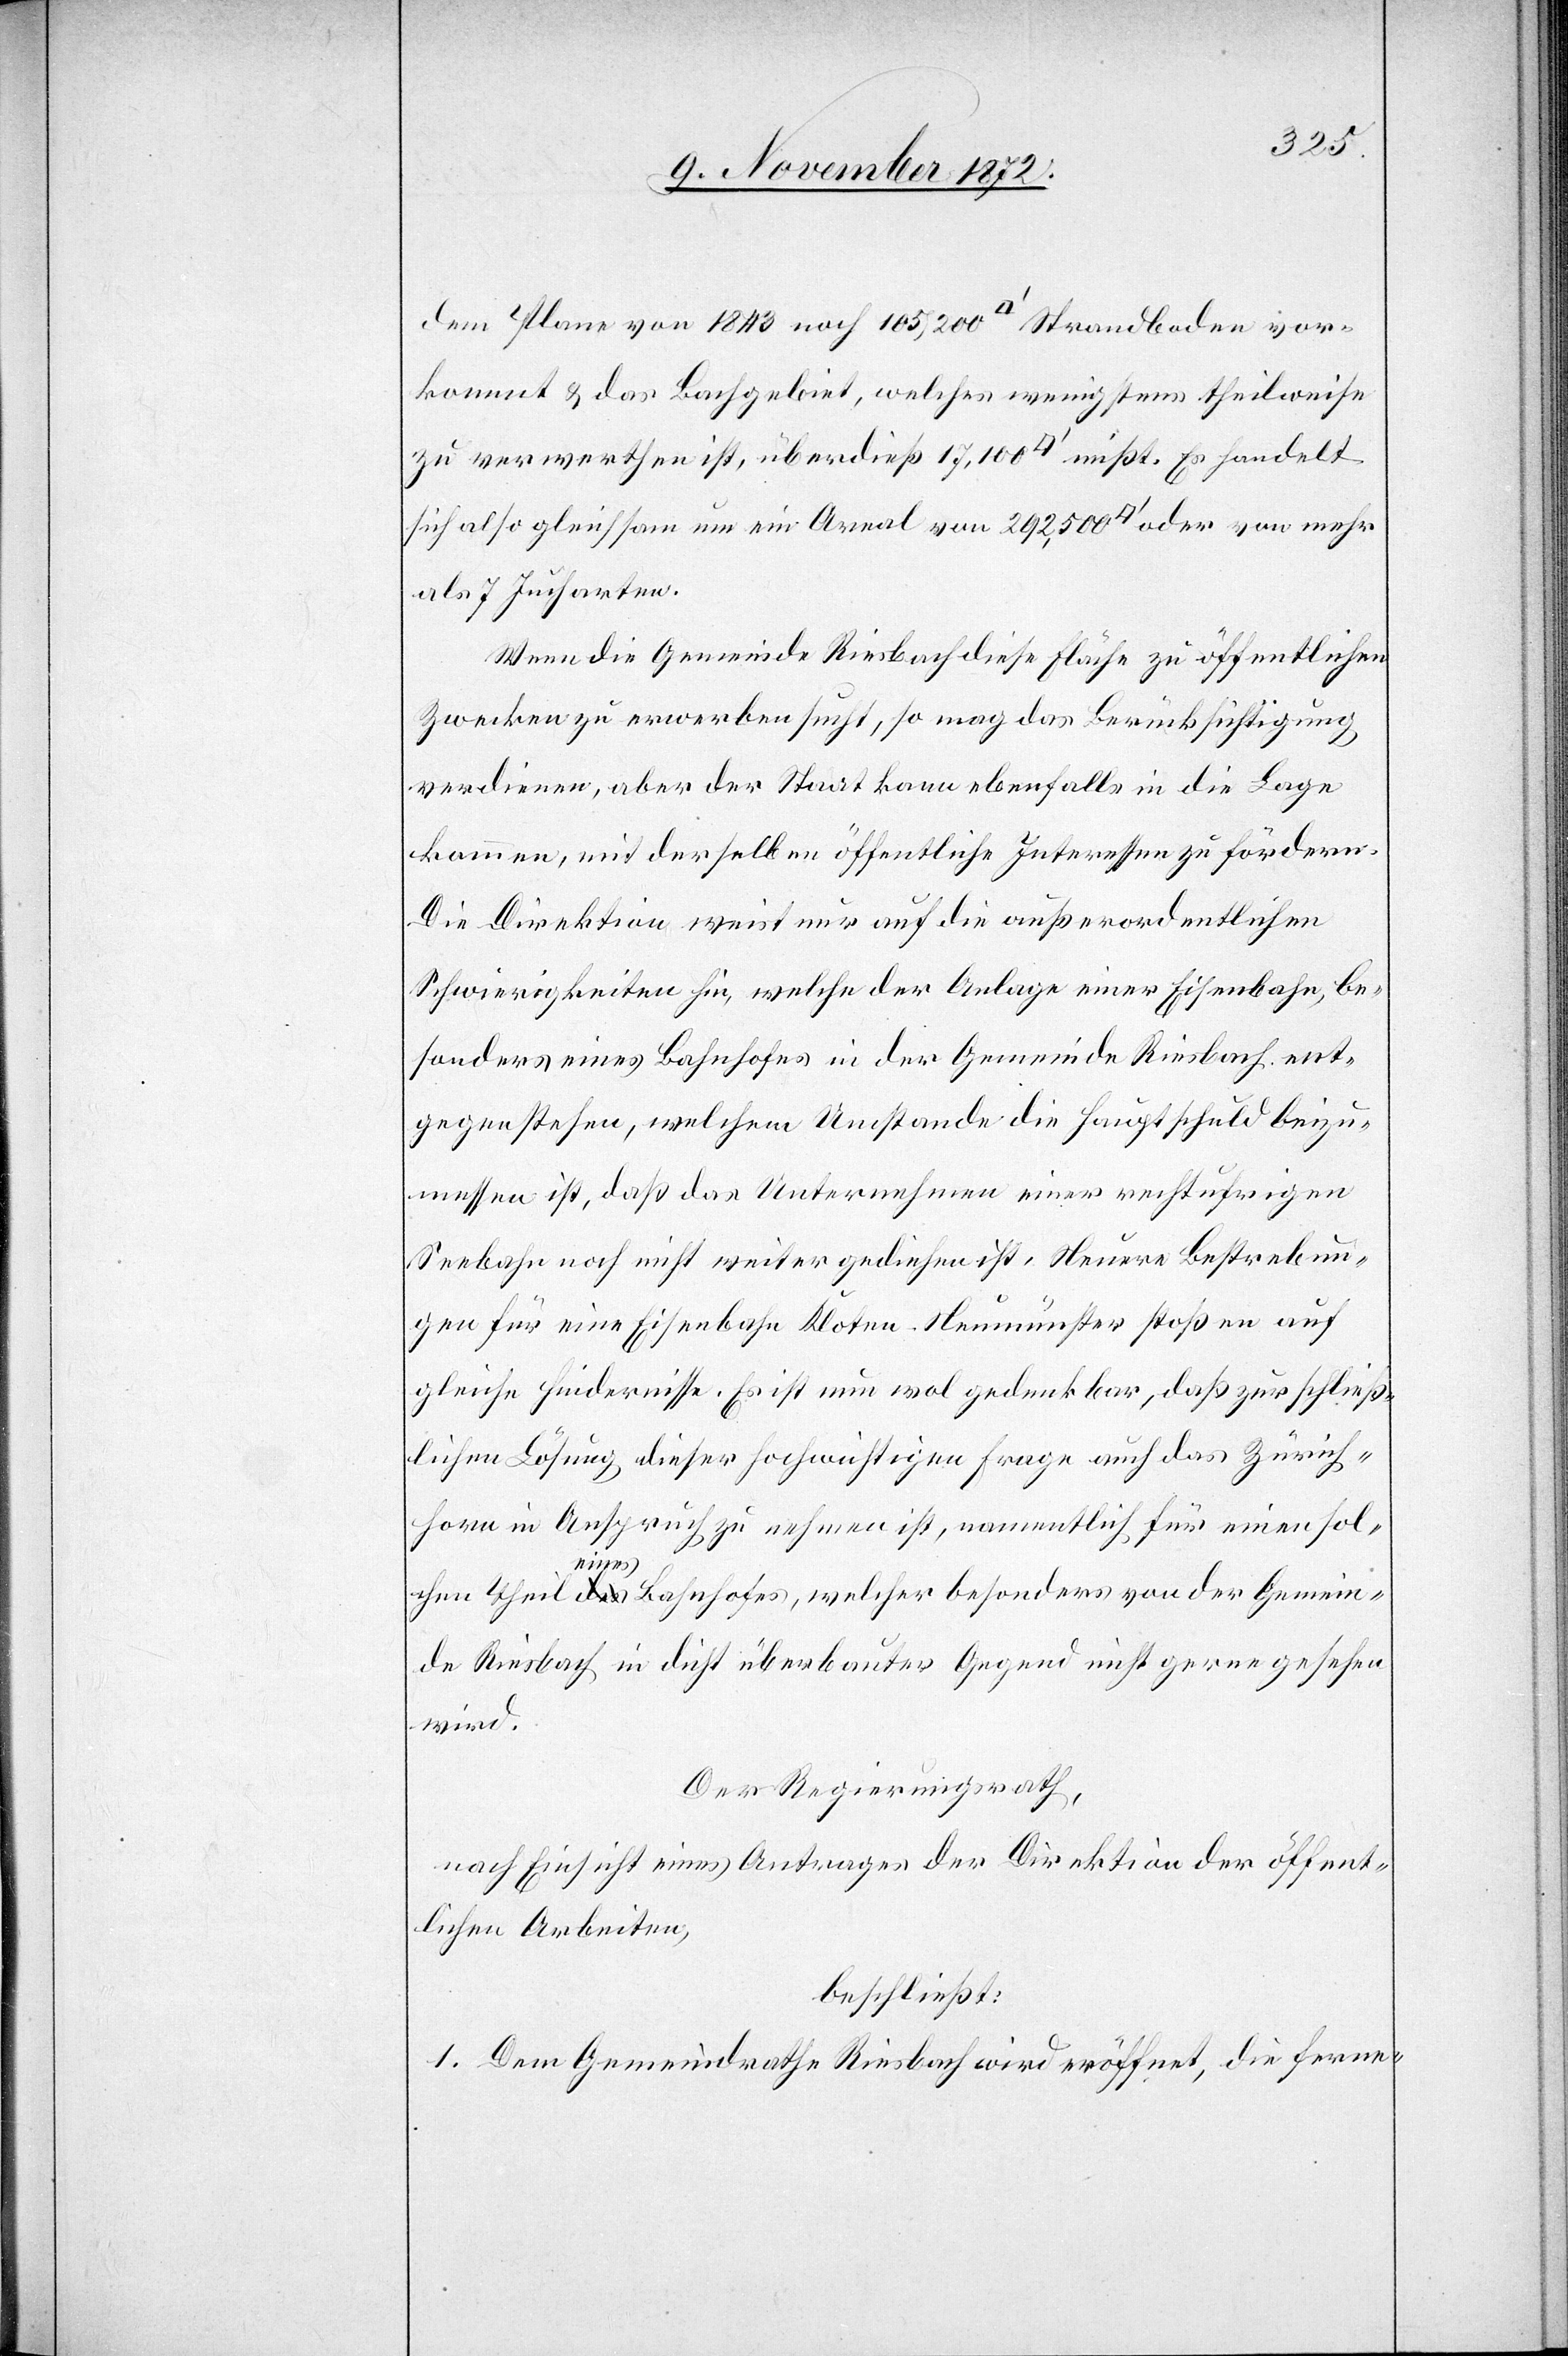
dem Plane von 1843 noch 105,200 [Quadratfuss] Strandboden vor¬
kommt u. das Bachgebiet, welches wenigstens theilweise
zu verwerthen ist, überdieß 17,100 [Quadratfuss] mißt. Es handelt
sich also gleichsam um ein Areal von 292,500 [Quadratfuss] oder von mehr
als 7 Jucharten.
Wenn die Gemeinde Riesbach diese Fläche zu öffentlichen
Zwecken zu erwerben sucht, so mag das Berücksichtigung
verdienen, aber der Staat kann ebenfalls in die Lage
kommen, mit derselben öffentliche Interessen zu fördern.
Die Direktion weist nur auf die außerordentlichen
Schwierigkeiten hin, welche der Anlage einer Eisenbahn, be¬
sonders eines Bahnhofes in der Gemeinde Riesbach ent¬
gegenstehen, welchem Umstande die Hauptschuld beizu¬
messen ist, daß das Unternehmen einer rechtufrigen
gen für eine Eisenbahn Kloten–Neumünster stoßen auf
gleiche Hindernisse. Es ist nun wol gedenkbar, daß zur schließ¬
lichen Lösung dieser hochwichtigen Fragen auch das Zürich¬
horn in Anspruch zu nehmen ist, namentlich für einen sol¬
ebun¬
chen Theil eines Bahnhofes, welcher besonders von der Gemein¬
de Riesbach in dicht überbauter Gegend nicht gerne gesehen
wird.
Der Regierungsrath,
nach Einsicht eines Antrages der Direktion der öffent¬
lichen Arbeiten,
beschließt:
1. Dem Gemeindrathe Riesbach wird eröffnet, die ferne-